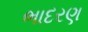
ભાદરણ